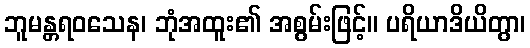
ဘူမန္တရဝသေန၊ ဘုံအထူး၏ အစွမ်းဖြင့်။ ပရိယာဒိယိတွာ၊